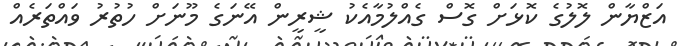
އަޒްޔާން ލޮލުގެ ކޮޅަށް ގޮސް ގެއްލުމާއެކު ޝީރީން އޭނަގެ މޫނަށް ހުތުރު ވައްތަރެއް